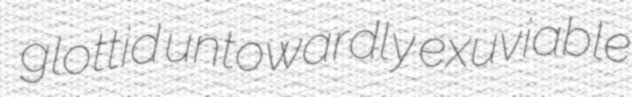
glottid untowardly exuviable